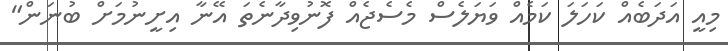
މިއީ އަދަބެއް ކަހަލަ ކަމެއް ވަޔަލެސް މެސެޖެއް ފޮނުވިދާނެތަ އޭނާ އިށީނުމަށް ބުނަން"